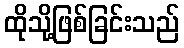
ထိုသို့ဖြစ်ခြင်းသည်